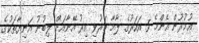
ޢުމުރުން އެންމެ 5 އަހަރުގެ ލާމާ މަރުވި އިރު އޭނާއަށް ލިބުނު އަނިޔާތަކުގެ